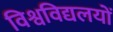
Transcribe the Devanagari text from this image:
विश्वविद्यलयों